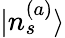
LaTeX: |n_{s}^{(a)}\rangle